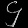
Digit: ၄